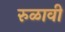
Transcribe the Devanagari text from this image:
रुळावी